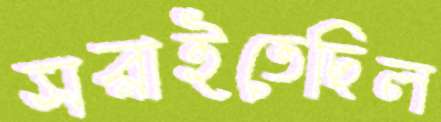
সরাইতেছিল